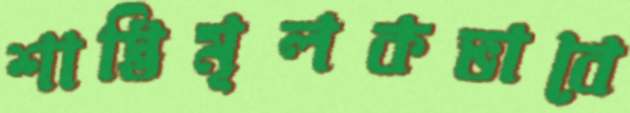
শাস্তিমূলকভাবে